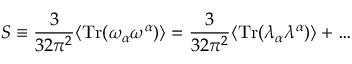
S \equiv \frac { 3 } { 3 2 \pi ^ { 2 } } \langle \mathrm { T r } ( \omega _ { \alpha } \omega ^ { \alpha } ) \rangle = \frac { 3 } { 3 2 \pi ^ { 2 } } \langle \mathrm { T r } ( \lambda _ { \alpha } \lambda ^ { \alpha } ) \rangle + \ldots